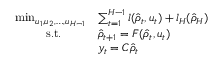
\begin{array} { r l } { \operatorname* { m i n } _ { u _ { 1 } , u _ { 2 } , \dots , u _ { H - 1 } } } & { \sum _ { t = 1 } ^ { H - 1 } l ( \hat { \rho } _ { t } , u _ { t } ) + l _ { H } ( \hat { \rho } _ { H } ) } \\ { \mathrm { s . t . } \qquad } & { \hat { \rho } _ { t + 1 } = F ( \hat { \rho } _ { t } , u _ { t } ) } \\ & { y _ { t } = C \hat { \rho } _ { t } } \end{array}